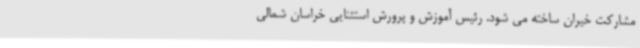
مشارکت خیران ساخته می شود. رئیس آموزش و پرورش استثنایی خراسان شمالی